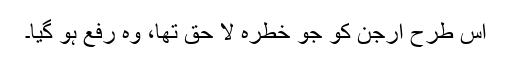
اس طرح ارجن کو جو خطرہ لا حق تھا، وہ رفع ہو گیا۔